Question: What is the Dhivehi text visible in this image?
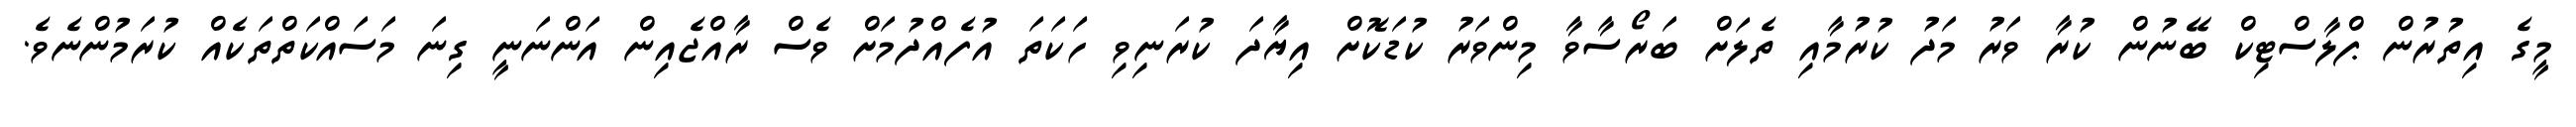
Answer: މީގެ އިތުރުން ޕްލާސްޓިކް ބޭނުން ކުރާ ވަރު މަދު ކުރުމާއި ތެލަށް ބަރޯސާވާ މިންވަރު ކުޑަކޮށް އިޔާދަ ކުރަނިވި ހަކަތަ އުފެއްދުމަށް ވެސް ރާއްޖެއިން އަންނަނީ ގިނަ މަސައްކަތްތަކެއް ކުރަމުންނެވެ.